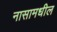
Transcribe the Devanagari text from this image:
नासामधील